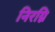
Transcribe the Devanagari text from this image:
निरग्नि